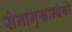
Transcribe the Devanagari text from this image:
सेनामुखान्येको